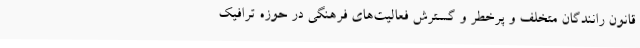
قانون رانندگان متخلف و پرخطر و گسترش فعالیت‌های فرهنگی در حوزه ترافیک